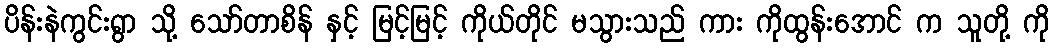
ပိန်းနဲကွင်းရွာ သို့ သော်တာစိန် နှင့် မြင့်မြင့် ကိုယ်တိုင် မသွားသည် ကား ကိုထွန်းအောင် က သူတို့ ကို